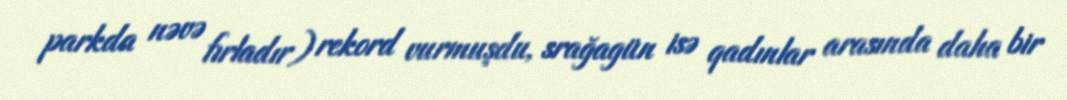
parkda nəvə fırladır) rekord vurmuşdu, srağagün isə qadınlar arasında daha bir